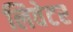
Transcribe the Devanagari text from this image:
लिवेटर